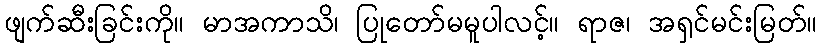
ဖျက်ဆီးခြင်းကို။ မာအကာသိ၊ ပြုတော်မမူပါလင့်။ ရာဇ၊ အရှင်မင်းမြတ်။